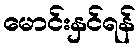
မောင်းနှင်ရန်